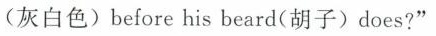
(灰白色) before his beard(胡子) does?"